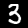
Digit: 3